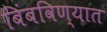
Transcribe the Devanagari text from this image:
बिंबविण्यात